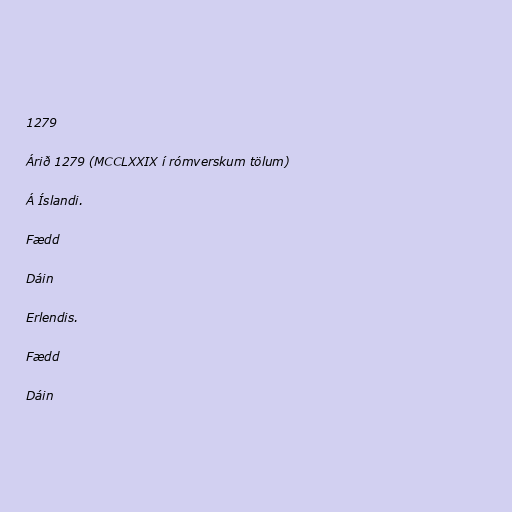
1279

Árið 1279 (MCCLXXIX í rómverskum tölum)

Á Íslandi.

Fædd

Dáin

Erlendis.

Fædd

Dáin